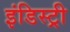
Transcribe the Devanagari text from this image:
इंडिस्ट्री